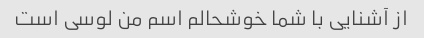
از آشنایی با شما خوشحالم اسم من لوسی است